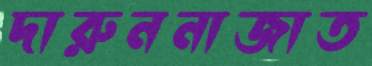
দারুননাজাত